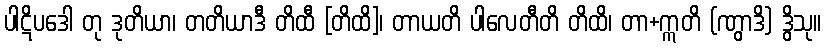
ပါဋိပဒေါ တု ဒုတိယာ၊ တတိယာဒီ တိထီ [တိထိ]၊ တာယတိ ပါလေတီတိ တိထိ၊ တာ+ဣတိ (ဏွာဒိ) ဒွိသု။